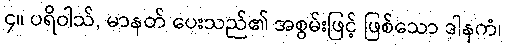
၄။ ပရိဝါသ်, မာနတ် ပေးသည်၏ အစွမ်းဖြင့် ဖြစ်သော ဒါနကံ၊